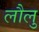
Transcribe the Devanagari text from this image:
लौलु